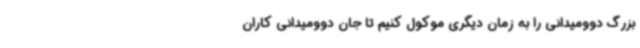
بزرگ دوومیدانی را به زمان دیگری موکول کنیم تا جان دوومیدانی کاران